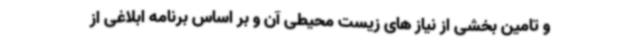
و تامین بخشی از نیاز های زیست محیطی آن و بر اساس برنامه ابلاغی از